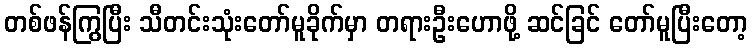
တစ်ဖန်ကြွပြီး သီတင်းသုံးတော်မူခိုက်မှာ တရားဦးဟောဖို့ ဆင်ခြင် တော်မူပြီးတော့